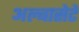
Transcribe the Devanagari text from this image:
अल्बासेटे